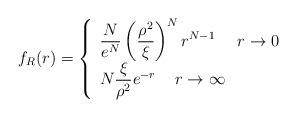
LaTeX: \begin{align*} f_{R}(r) = \left\{ \begin{array}{ll} \displaystyle \frac{N}{e^N} \left(\frac{\rho^2}{\xi}\right)^N r^{N-1} \,\,\,\,\,\,\,\,r \rightarrow 0\\ \displaystyle N \frac{\xi}{\rho^2} e^{-r} \,\,\, \,\,\, \, r \rightarrow \infty \end{array} \right.\end{align*}